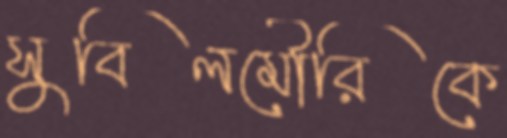
সুবিলমৌরিকে